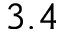
3 . 4